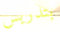
بتدريس